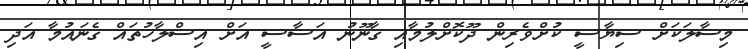
މިސާލަކަށް ސިޔާސީ ކުށްވެރިން ދޫކޮށްލުމާއި ގާނޫނު އަސާސީ އަށް އިސްލާހުތައް ގެނައުމާ އަދި